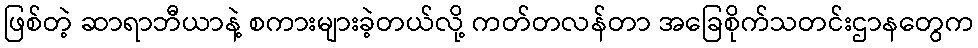
ဖြစ်တဲ့ ဆာရာဘီယာနဲ့ စကားများခဲ့တယ်လို့ ကတ်တလန်တာ အခြေစိုက်သတင်းဌာနတွေက